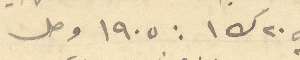
وفي ٢٠ ك ١ : ١۹٠٥ وصل